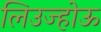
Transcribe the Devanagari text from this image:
लिउज्होऊ